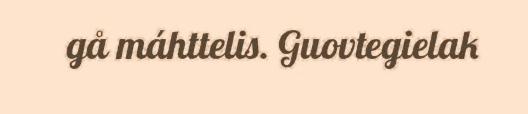
gå máhttelis. Guovtegielak